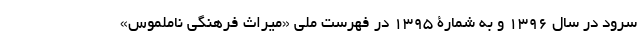
سرود در سال 1396 و به شمارۀ 1395 در فهرست ملی «میراث فرهنگی ناملموس»